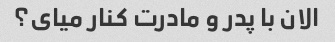
الان با پدر و مادرت کنار میای؟